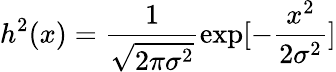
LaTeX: h^{2}(x)=\frac{1}{\sqrt{2\pi\sigma^{2}}}\exp[{-\frac{x^{2}}{2\sigma^{2}}}]